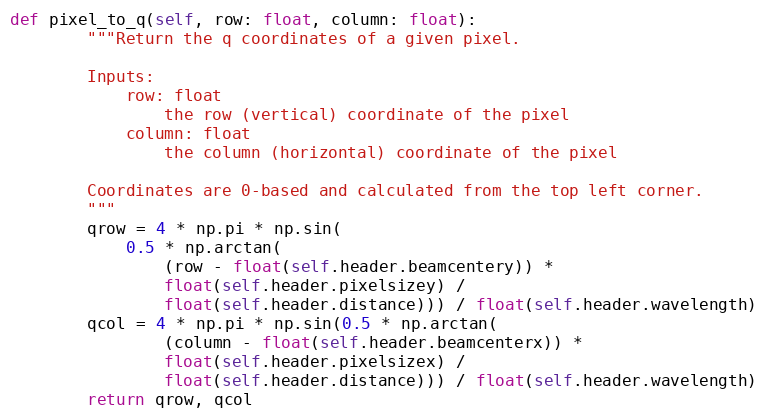
Language: Python
def pixel_to_q(self, row: float, column: float):
        """Return the q coordinates of a given pixel.

        Inputs:
            row: float
                the row (vertical) coordinate of the pixel
            column: float
                the column (horizontal) coordinate of the pixel

        Coordinates are 0-based and calculated from the top left corner.
        """
        qrow = 4 * np.pi * np.sin(
            0.5 * np.arctan(
                (row - float(self.header.beamcentery)) *
                float(self.header.pixelsizey) /
                float(self.header.distance))) / float(self.header.wavelength)
        qcol = 4 * np.pi * np.sin(0.5 * np.arctan(
                (column - float(self.header.beamcenterx)) *
                float(self.header.pixelsizex) /
                float(self.header.distance))) / float(self.header.wavelength)
        return qrow, qcol